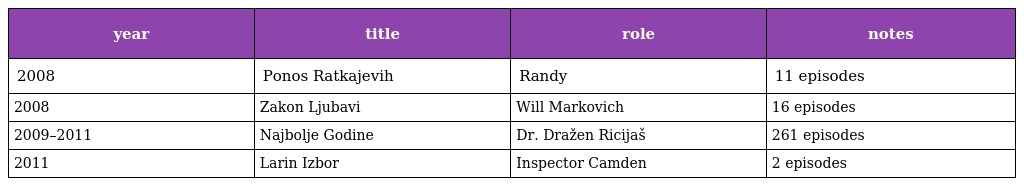
| year | title | role | notes |
 | --- | --- | --- | --- |
 | 2008 | Ponos Ratkajevih | Randy | 11 episodes |
 | 2008 | Zakon Ljubavi | Will Markovich | 16 episodes |
 | 2009–2011 | Najbolje Godine | Dr. Dražen Ricijaš | 261 episodes |
 | 2011 | Larin Izbor | Inspector Camden | 2 episodes |